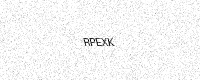
Text: RPEXK